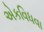
એકવિધવા